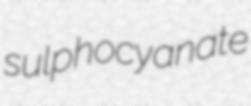
sulphocyanate